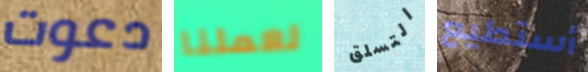
دعوت لعملنا التسلق أستطيع